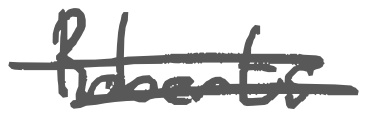
Text: Roberts
Cross-out: double-line
Writing tool: digital_gray